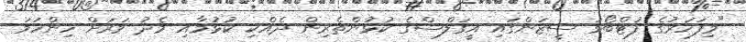
"މިފަހަރުގެ ފުޓްބޯޅަ ސީޒަންގައި އީގަލްސްގެ ކުޅުންތެރިން ދެއްކި ކުޅުމާއި މެދު ވަރަށް ހިންހަމަ